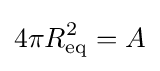
4\pi R_{\text{eq}}^{2}=A